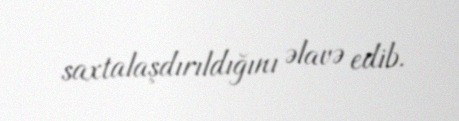
saxtalaşdırıldığını əlavə edib.